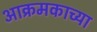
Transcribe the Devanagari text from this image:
आक्रमकाच्या